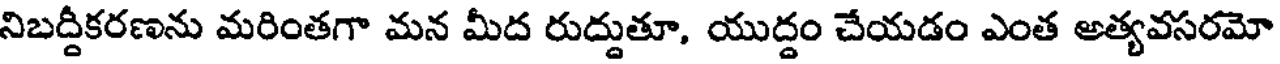
నిబద్దీకరణను మరింతగా మన మీద రుద్దుతూ, యుద్దం చేయడం ఎంత అత్యవసరమో